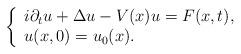
LaTeX: \begin{align*}\left\{\begin{array}{ll}i\partial_tu+\Delta u-V(x)u=F(x,t),\\u(x,0)=u_0(x).\end{array}\right.\end{align*}